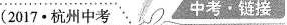
(2017·杭州中考 中考一链接